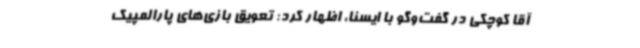
آقا کوچکی در گفت‌وگو با ایسنا، اظهار کرد: تعویق بازی‌های پارالمپیک